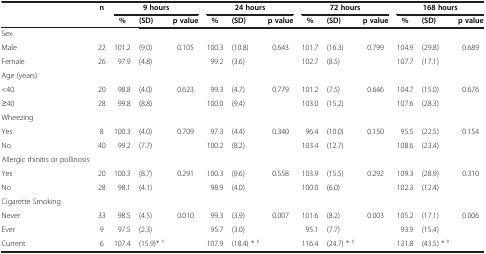
<table><thead><tr><td><b> </b></td><td><b>n</b></td><td colspan="3"><b>9 hours</b></td><td colspan="3"><b>24 hours</b></td><td colspan="3"><b>72 hours</b></td><td colspan="3"><b>168 hours</b></td></tr><tr><td><b> </b></td><td><b> </b></td><td><b>%</b></td><td><b>(SD)</b></td><td><b>p value</b></td><td><b>%</b></td><td><b>(SD)</b></td><td><b>p value</b></td><td><b>%</b></td><td><b>(SD)</b></td><td><b>p value</b></td><td><b>%</b></td><td><b>(SD)</b></td><td><b>p value</b></td></tr></thead><tbody><tr><td>Sex</td><td> </td><td> </td><td> </td><td> </td><td> </td><td> </td><td> </td><td> </td><td> </td><td> </td><td> </td><td> </td><td> </td></tr><tr><td>Male</td><td>22</td><td>101.2</td><td>(9.0)</td><td>0.105</td><td>100.3</td><td>(10.8)</td><td>0.643</td><td>101.7</td><td>(16.3)</td><td>0.799</td><td>104.9</td><td>(29.8)</td><td>0.689</td></tr><tr><td>Female</td><td>26</td><td>97.9</td><td>(4.8)</td><td> </td><td>99.2</td><td>(3.6)</td><td> </td><td>102.7</td><td>(8.5)</td><td> </td><td>107.7</td><td>(17.1)</td><td> </td></tr><tr><td>Age (years)</td><td> </td><td> </td><td> </td><td> </td><td> </td><td> </td><td> </td><td> </td><td> </td><td> </td><td> </td><td> </td><td> </td></tr><tr><td>&lt;40</td><td>20</td><td>98.8</td><td>(4.0)</td><td>0.623</td><td>99.3</td><td>(4.7)</td><td>0.779</td><td>101.2</td><td>(7.5)</td><td>0.646</td><td>104.7</td><td>(15.0)</td><td>0.676</td></tr><tr><td>≥40</td><td>28</td><td>99.8</td><td>(8.8)</td><td> </td><td>100.0</td><td>(9.4)</td><td> </td><td>103.0</td><td>(15.2)</td><td> </td><td>107.6</td><td>(28.3)</td><td> </td></tr><tr><td>Wheezing</td><td> </td><td> </td><td> </td><td> </td><td> </td><td> </td><td> </td><td> </td><td> </td><td> </td><td> </td><td> </td><td> </td></tr><tr><td>Yes</td><td>8</td><td>100.3</td><td>(4.0)</td><td>0.709</td><td>97.3</td><td>(4.4)</td><td>0.340</td><td>96.4</td><td>(10.0)</td><td>0.150</td><td>95.5</td><td>(22.5)</td><td>0.154</td></tr><tr><td>No</td><td>40</td><td>99.2</td><td>(7.7)</td><td> </td><td>100.2</td><td>(8.2)</td><td> </td><td>103.4</td><td>(12.7)</td><td> </td><td>108.6</td><td>(23.4)</td><td> </td></tr><tr><td>Allergic rhinitis or pollinosis</td><td> </td><td> </td><td> </td><td> </td><td> </td><td> </td><td> </td><td> </td><td> </td><td> </td><td> </td><td> </td><td> </td></tr><tr><td>Yes</td><td>20</td><td>100.3</td><td>(8.7)</td><td>0.291</td><td>100.3</td><td>(9.6)</td><td>0.558</td><td>103.9</td><td>(15.5)</td><td>0.292</td><td>109.3</td><td>(28.9)</td><td>0.310</td></tr><tr><td>No</td><td>28</td><td>98.1</td><td>(4.1)</td><td> </td><td>98.9</td><td>(4.0)</td><td> </td><td>100.0</td><td>(6.0)</td><td> </td><td>102.3</td><td>(12.4)</td><td> </td></tr><tr><td>Cigarette Smoking</td><td> </td><td> </td><td> </td><td> </td><td> </td><td> </td><td> </td><td> </td><td> </td><td> </td><td> </td><td> </td><td> </td></tr><tr><td>Never</td><td>33</td><td>98.5</td><td>(4.5)</td><td>0.010</td><td>99.3</td><td>(3.9)</td><td>0.007</td><td>101.6</td><td>(8.2)</td><td>0.003</td><td>105.2</td><td>(17.1)</td><td>0.006</td></tr><tr><td>Ever</td><td>9</td><td>97.5</td><td>(2.3)</td><td> </td><td>95.7</td><td>(3.0)</td><td> </td><td>95.1</td><td>(7.7)</td><td> </td><td>93.9</td><td>(15.4)</td><td> </td></tr><tr><td>Current</td><td>6</td><td>107.4</td><td>(15.9)* <sup>†</sup></td><td> </td><td>107.9</td><td>(18.4) * <sup>‡</sup></td><td> </td><td>116.4</td><td>(24.7) * <sup>‡</sup></td><td> </td><td>131.8</td><td>(43.5) * <sup>‡</sup></td><td> </td></tr></tbody></table>